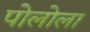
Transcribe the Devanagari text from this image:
पोलोला